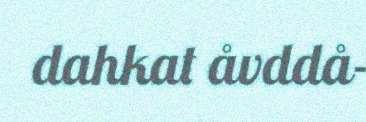
dahkat åvddå-